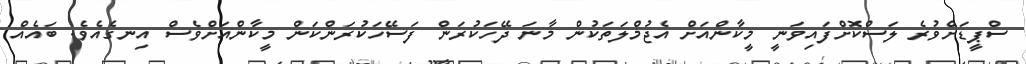
ސްޕީޑަށްވުރެ ލަސްކޮށްފައިވަނީ މީކާންއަށް އެޖުމްލަތަކުން މާނަ ދޭހަކުރަން ފަސޭހަކުރަންކަން މީކާންއަށްވެސް އިނގެއެވެ. ބައެއް